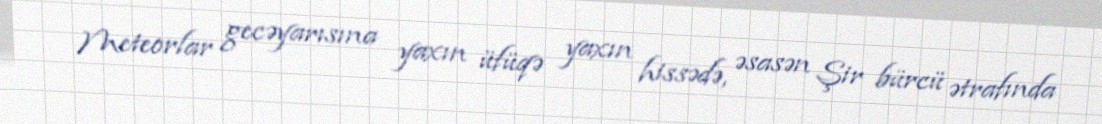
Meteorlar gecəyarısına yaxın üfüqə yaxın hissədə, əsasən Şir bürcü ətrafında